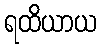
ရထိယာယ